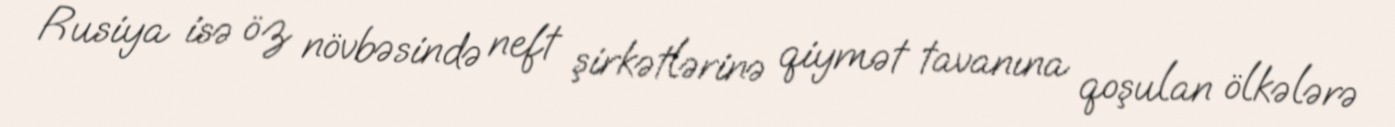
Rusiya isə öz növbəsində neft şirkətlərinə qiymət tavanına qoşulan ölkələrə